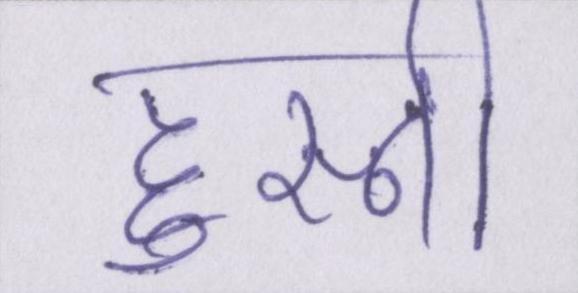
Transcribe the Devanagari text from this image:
हुस्नी